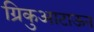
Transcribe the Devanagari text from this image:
ग्रिकुआटाऊन